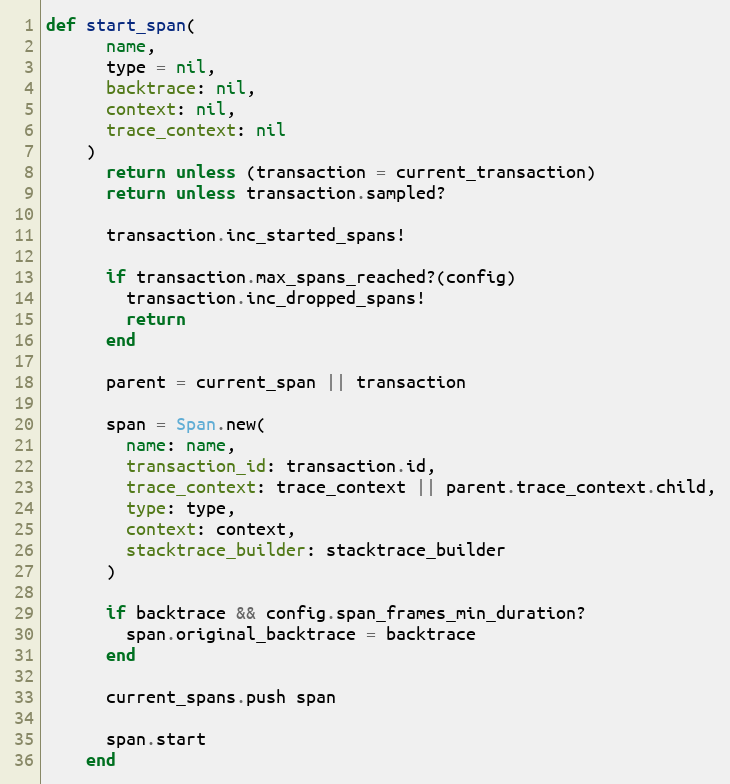
Language: Ruby
def start_span(
      name,
      type = nil,
      backtrace: nil,
      context: nil,
      trace_context: nil
    )
      return unless (transaction = current_transaction)
      return unless transaction.sampled?

      transaction.inc_started_spans!

      if transaction.max_spans_reached?(config)
        transaction.inc_dropped_spans!
        return
      end

      parent = current_span || transaction

      span = Span.new(
        name: name,
        transaction_id: transaction.id,
        trace_context: trace_context || parent.trace_context.child,
        type: type,
        context: context,
        stacktrace_builder: stacktrace_builder
      )

      if backtrace && config.span_frames_min_duration?
        span.original_backtrace = backtrace
      end

      current_spans.push span

      span.start
    end